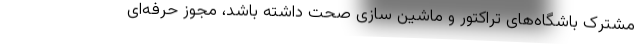
مشترک باشگاه‌های تراکتور و ماشین سازی صحت داشته باشد، مجوز حرفه‌ای